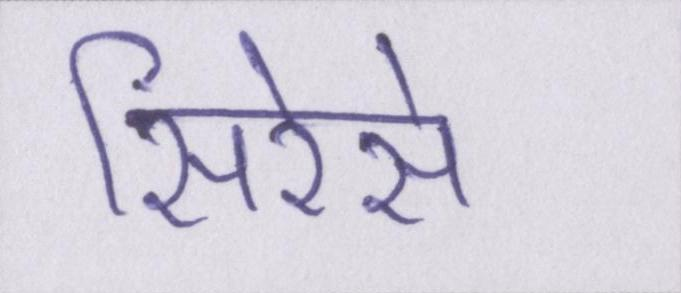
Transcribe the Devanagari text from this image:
सिरेसे